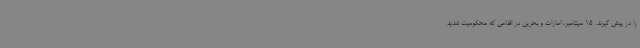
را در پیش گیرند. 15 سپتامبر، امارات و بحرین در اقدامی که محکومیت شدید